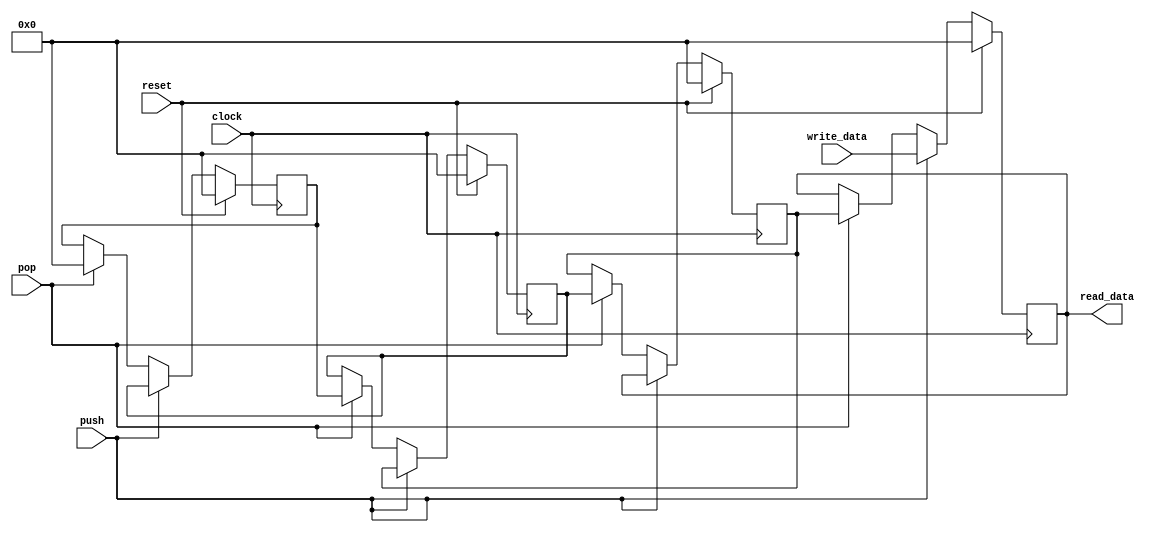
module stack
(
    input  clock,
    input  reset,
    input  push,
    input  pop,

    input  [15:0] write_data,
    output [15:0] read_data
);

    reg [15:0] stack [0:3];

    assign read_data = stack [0];

    integer i;

    always @(posedge clock)
    begin
        if (reset)
        begin
            for (i = 0; i < 4; i = i + 1)
                stack [i] <= 0;
        end
        else if (push)
        begin
            for (i = 0; i < 4 - 1; i = i + 1)
                stack [i + 1] <= stack [i];

            stack [0] <= write_data;
        end
        else if (pop)
        begin
            for (i = 0; i < 4 - 1; i = i + 1)
                stack [i] <= stack [i + 1];

            stack [4 - 1] <= 0;
        end

    end

endmodule